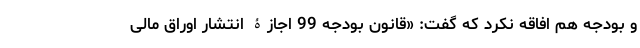
و بودجه هم افاقه نکرد که گفت: «قانون بودجه 99 اجازۀ انتشار اوراق مالی